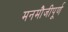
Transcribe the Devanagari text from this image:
मनमौजीपूर्ण